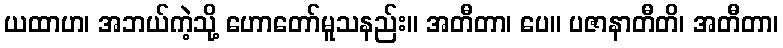
ယထာဟ၊ အဘယ်ကဲ့သို့ ဟောတော်မူသနည်း။ အတီတာ၊ ပေ။ ပဇာနာတီတိ၊ အတီတာ၊